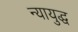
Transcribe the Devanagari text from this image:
न्यायुद्ध